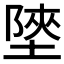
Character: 𡎶